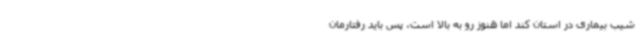
شیب بیماری در استان کند اما هنوز رو به بالا است، پس باید رفتارمان